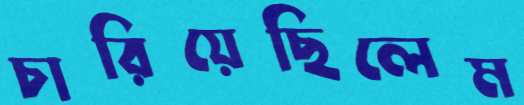
চারিয়েছিলেম